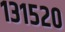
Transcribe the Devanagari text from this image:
१३१५२०